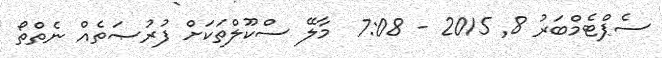
ސެޕްޓެމްބަރު 8